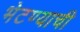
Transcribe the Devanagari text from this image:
भेटण्याची